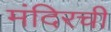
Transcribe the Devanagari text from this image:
मंदिरची